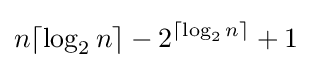
\displaystyle n\lceil \log _{2}n\rceil -2^{\lceil \log _{2}n\rceil }+1